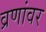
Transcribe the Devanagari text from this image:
व्रणांवर